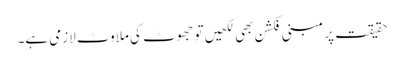
حقیقت پر مبنی فکشن بھی لکھیں تو جھوٹ کی ملاوٹ لازمی ہے۔